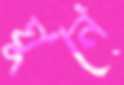
ঘুনে